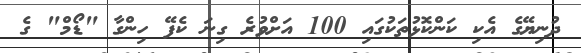
ދުނިޔޭގެ އެކި ކަންކޮޅުތަކުގައި 100 އަށްވުރެ ގިނަ ކެފޭ ހިންގާ "ޑޯމް" ގެ